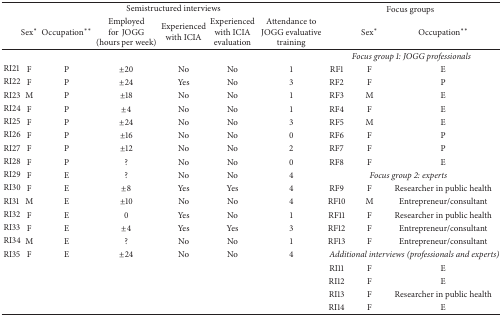
<table><thead><tr><td colspan="7"><b>Semistructured interviews</b></td><td colspan="3"><b>Focus groups</b></td></tr><tr><td></td><td><b>Sex<sup><i>∗</i></sup></b></td><td><b>Occupation<sup><i>∗∗</i></sup></b></td><td><b>Employed for JOGG (hours per week)</b></td><td><b>Experienced with ICIA</b></td><td><b>Experienced with ICIA evaluation</b></td><td><b>Attendance to JOGG evaluative training</b></td><td><b> </b></td><td><b>Sex<sup><i>∗</i></sup></b></td><td><b>Occupation<sup><i>∗∗</i></sup></b></td></tr></thead><tbody><tr><td> </td><td> </td><td> </td><td> </td><td> </td><td> </td><td> </td><td colspan="3"><i>Focus group 1: JOGG professionals</i></td></tr><tr><td>RI21</td><td>F</td><td>P</td><td>±20</td><td>No</td><td>No</td><td>1</td><td>RF1</td><td>F</td><td>E</td></tr><tr><td>RI22</td><td>F</td><td>P</td><td>±24</td><td>Yes</td><td>No</td><td>3</td><td>RF2</td><td>F</td><td>P</td></tr><tr><td>RI23</td><td>M</td><td>P</td><td>±18</td><td>No</td><td>No</td><td>1</td><td>RF3</td><td>M</td><td>E</td></tr><tr><td>RI24</td><td>F</td><td>P</td><td>±4</td><td>No</td><td>No</td><td>1</td><td>RF4</td><td>F</td><td>E</td></tr><tr><td>RI25</td><td>F</td><td>P</td><td>±24</td><td>No</td><td>No</td><td>3</td><td>RF5</td><td>M</td><td>E</td></tr><tr><td>RI26</td><td>F</td><td>P</td><td>±16</td><td>No</td><td>No</td><td>0</td><td>RF6</td><td>F</td><td>P</td></tr><tr><td>RI27</td><td>F</td><td>P</td><td>±12</td><td>No</td><td>No</td><td>2</td><td>RF7</td><td>F</td><td>P</td></tr><tr><td>RI28</td><td>F</td><td>P</td><td>?</td><td>No</td><td>No</td><td>0</td><td>RF8</td><td>F</td><td>E</td></tr><tr><td>RI29</td><td>F</td><td>E</td><td>?</td><td>No</td><td>No</td><td>4</td><td colspan="3"><i>Focus group 2: experts</i></td></tr><tr><td>RI30</td><td>F</td><td>E</td><td>±8</td><td>Yes</td><td>Yes</td><td>4</td><td>RF9</td><td>F</td><td>Researcher in public health</td></tr><tr><td>RI31</td><td>M</td><td>E</td><td>±10</td><td>No</td><td>No</td><td>4</td><td>RF10</td><td>M</td><td>Entrepreneur/consultant</td></tr><tr><td>RI32</td><td>F</td><td>E</td><td>0</td><td>Yes</td><td>No</td><td>1</td><td>RF11</td><td>F</td><td>Researcher in public health</td></tr><tr><td>RI33</td><td>F</td><td>E</td><td>±4</td><td>Yes</td><td>Yes</td><td>3</td><td>RF12</td><td>F</td><td>Entrepreneur/consultant</td></tr><tr><td>RI34</td><td>M</td><td>E</td><td>?</td><td>No</td><td>No</td><td>1</td><td>RF13</td><td>F</td><td>Entrepreneur/consultant</td></tr><tr><td>RI35</td><td>F</td><td>E</td><td>±24</td><td>No</td><td>No</td><td>4</td><td colspan="3"><i>Additional interviews (professionals and experts)</i></td></tr><tr><td rowspan="4" colspan="7"> </td><td>RI11</td><td>F</td><td>E</td></tr><tr><td>RI12</td><td>F</td><td>E</td></tr><tr><td>RI13</td><td>F</td><td>Researcher in public health</td></tr><tr><td>RI14</td><td>F</td><td>E</td></tr></tbody></table>